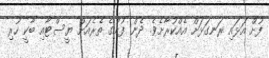
ފުށް އަޅައި ރަނގަޅަށް އެއްކުރާށެވެ. ދެން ފުށުގެ ތެރެއަށް ޔީސްޓާއި ބާކީ ހުރި